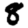
Digit: 8